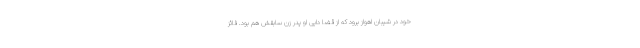
خود در شیبان اهواز برود که از قضا دایی او پدر زن سابقش هم بود. فائز